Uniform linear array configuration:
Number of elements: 12
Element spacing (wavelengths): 0.75
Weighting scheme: blackman
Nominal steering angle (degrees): -30
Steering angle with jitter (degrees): -28.769
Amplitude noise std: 0.05
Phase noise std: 0.05

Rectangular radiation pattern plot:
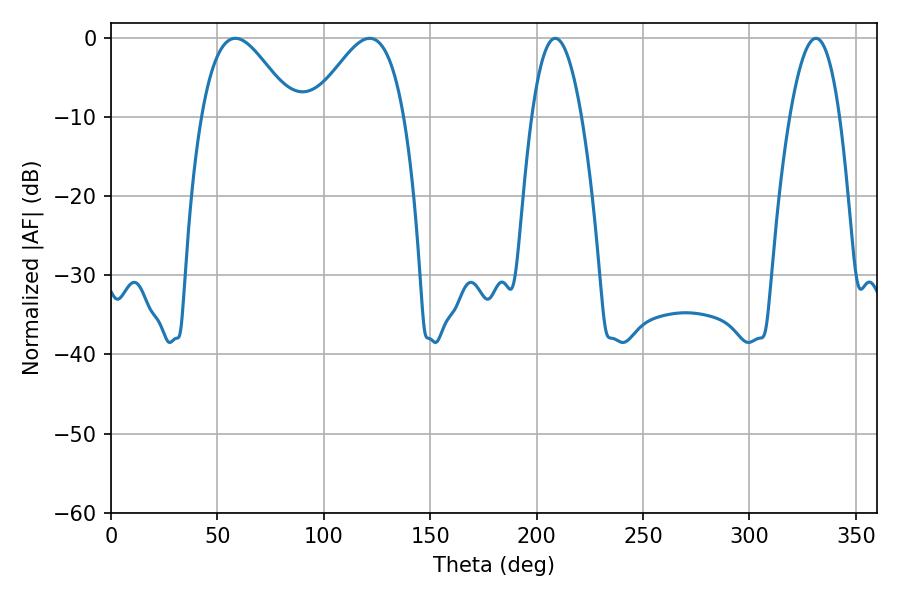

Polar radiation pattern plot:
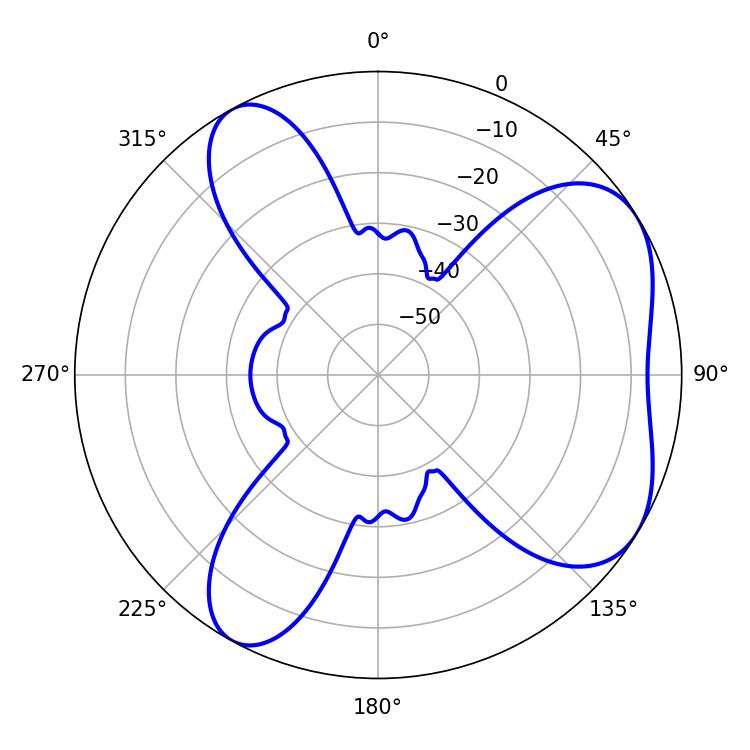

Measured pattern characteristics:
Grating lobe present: TRUE
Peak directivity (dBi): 5.526
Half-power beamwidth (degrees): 23.04
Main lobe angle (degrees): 58.5